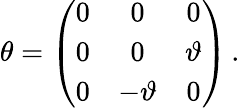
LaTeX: \theta=\left(\begin{array}{ccc}{{0}}&{{0}}&{{0}}\\ {{0}}&{{0}}&{{\vartheta}}\\ {{0}}&{{-\vartheta}}&{{0}}\end{array}\right)\, .